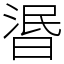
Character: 𣇹